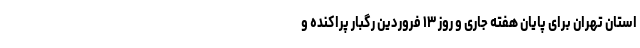
استان تهران برای پایان هفته جاری و روز ۱۳ فروردین رگبار پراکنده و